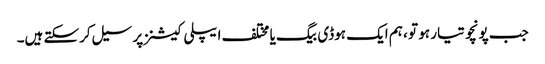
جب پونچو تیار ہو تو ، ہم ایک ہوڈی بیگ یا مختلف ایپلی کیشنز پر سیل کرسکتے ہیں۔